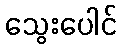
သွေးပေါင်